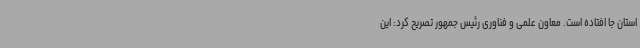
استان جا افتاده است. معاون علمی و فناوری رئیس جمهور تصریح کرد: این